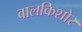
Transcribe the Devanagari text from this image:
बालकिशोर